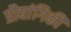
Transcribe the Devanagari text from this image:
प्रौद्यांगिकी